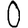
Digit: 0